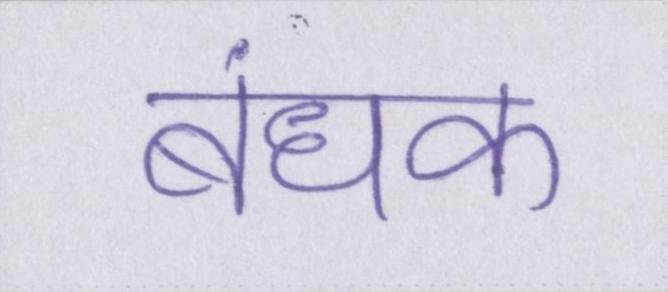
बंधक